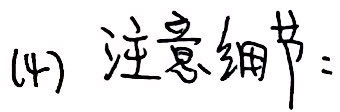
(4) 注意细节：